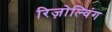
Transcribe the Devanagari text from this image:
रिज़ोल्विंग